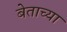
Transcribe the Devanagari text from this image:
बेताच्या